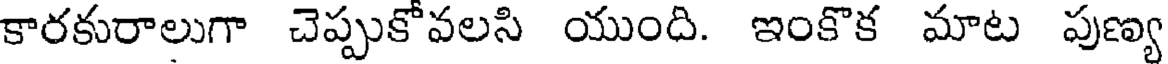
కారకురాలుగా చెప్పుకోవలసి యుంది. ఇంకొక మాట పుణ్య